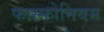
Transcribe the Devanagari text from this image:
फास्फोनियम